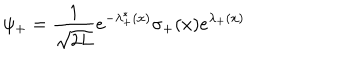
\psi _ { + } = { \frac { 1 } { \sqrt { 2 L } } } e ^ { - \lambda _ { + } ^ { * } ( x ) } \sigma _ { + } ( x ) e ^ { \lambda _ { + } ( x ) }